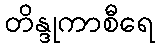
တိန္ဒုကာစီရေ